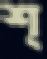
শ্